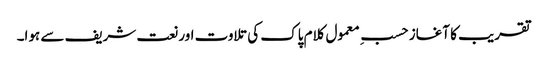
تقریب کا آغاز حسبِ معمول کلام پاک کی تلاوت اور نعت شریف سے ہوا۔